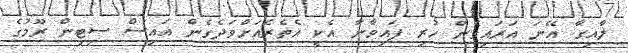
ލާއިގާ އޭނަ އަރައިގެން ހުރި ފައިވާނާ އެކީ އެތެރެއަށްވަދެގެން އައިސް ސިޓިން ރޫމުގެ